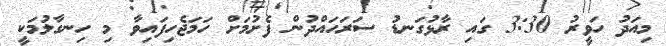
މިއަދު ހަވީރު 3:30 ގައި ރާޅުގަނޑު ސަރަހައްދުން ފެށުމަށް ހަމަޖެހިފައިވާ މި ހިނގާލުމަކީ